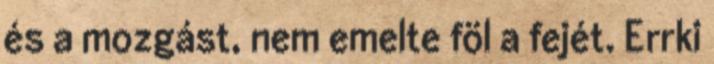
és a mozgást, nem emelte föl a fejét. Errki